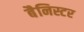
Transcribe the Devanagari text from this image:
बैनिस्टर